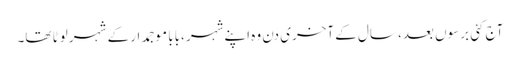
آج کئی برسوں بعد، سال کے آخری دن وہ اپنےشہر ،بابا موجمدار کے شہر لوٹا تھا۔